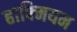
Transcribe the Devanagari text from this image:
हाफ्मियम